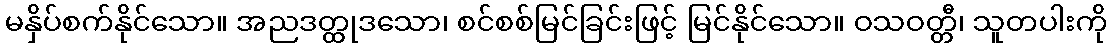
မနှိပ်စက်နိုင်သော။ အညဒတ္ထုဒသော၊ စင်စစ်မြင်ခြင်းဖြင့် မြင်နိုင်သော။ ဝသဝတ္တီ၊ သူတပါးကို